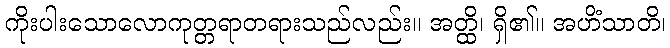
ကိုးပါးသောလောကုတ္တရာတရားသည်လည်း။ အတ္ထိ၊ ရှိ၏။ အဟိံသာတိ၊